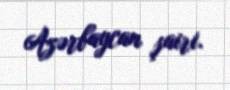
Azərbaycan şairi.